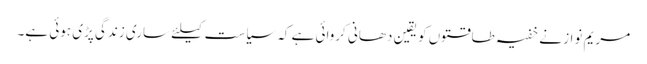
مریم نواز نے خفیہ طاقتوں کو یقین دھانی کروائی ہے کہ سیاست کیلئے ساری زندگی پڑی ہوئی ہے۔